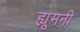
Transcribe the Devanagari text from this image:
ह्यूमनी